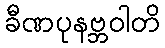
ခီဏပုနဗ္ဘဝါတိ